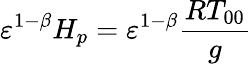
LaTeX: {\varepsilon}^{1-\beta}H_{p}={\varepsilon}^{1-\beta}\frac{RT_{00}}{g}